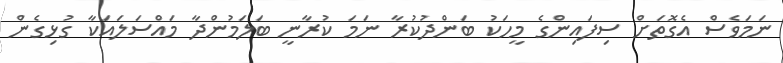
ނަމަވެސް އެގޮތަށް ސިފައިންގެ މީހަކު ބަންދުކުރާ ނަމަ ކުރާނީ ބަލަމުންދާ މައްސަލައަކާ ގުޅިގެން